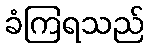
ခံကြရသည်